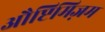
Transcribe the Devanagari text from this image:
औप्टिमिज़म